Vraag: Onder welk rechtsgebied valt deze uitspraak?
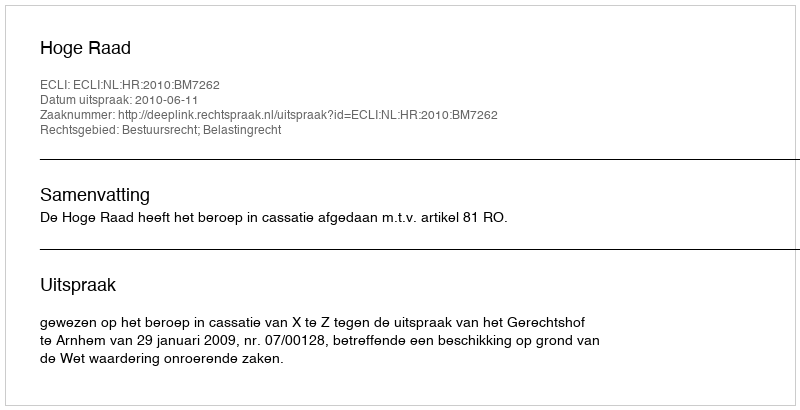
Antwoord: Bestuursrecht; Belastingrecht